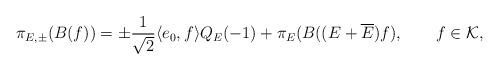
LaTeX: \begin{align*}\pi_{E,\pm}(B(f)) = \pm \frac{1}{\sqrt{2}}\langle e_0,f \rangle Q_E(-1) +\pi_E(B((E+\overline{E})f), \qquad f\in{\cal K},\end{align*}